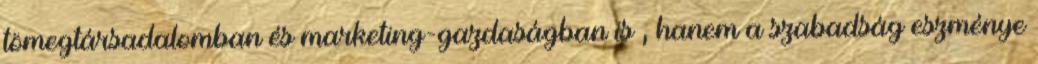
tömegtársadalomban és marketing-gazdaságban is , hanem a szabadság eszménye